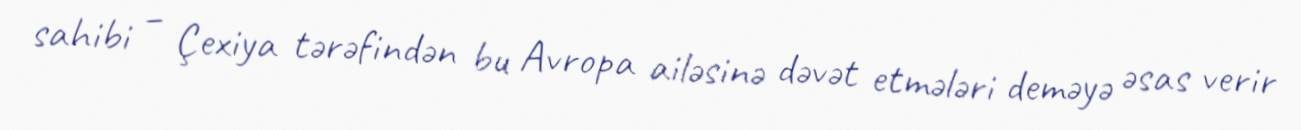
sahibi – Çexiya tərəfindən bu Avropa ailəsinə dəvət etmələri deməyə əsas verir